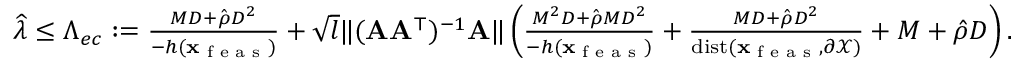
\begin{array} { r } { \widehat \lambda \leq \Lambda _ { e c } : = \frac { M D + \hat { \rho } D ^ { 2 } } { - h ( { \mathbf x } _ { \textup { f e a s } } ) } + \sqrt { l } \| ( { \mathbf A } { \mathbf A } ^ { \top } ) ^ { - 1 } { \mathbf A } \| \left( \frac { M ^ { 2 } D + \hat { \rho } M D ^ { 2 } } { - h ( { \mathbf x } _ { \textup { f e a s } } ) } + \frac { M D + \hat { \rho } D ^ { 2 } } { \mathrm { d i s t } ( { \mathbf x } _ { \textup { f e a s } } , \partial \mathcal { X } ) } + M + \hat { \rho } D \right) . } \end{array}